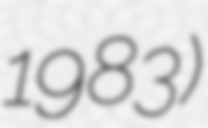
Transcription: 1983)